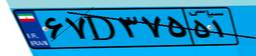
۶۷D۸۳۵۵۵